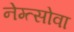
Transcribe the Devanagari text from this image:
नेम्त्सोवा